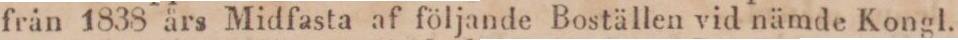
från 1838 års Midfasta af följande Boställen vid nämde Kongl.